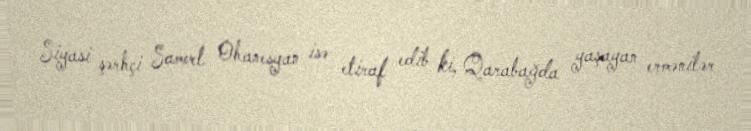
Siyasi şərhçi Samvel Ohanesyan isə etiraf edib ki, Qarabağda yaşayan ermənilər